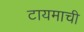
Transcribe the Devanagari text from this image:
टायमाची